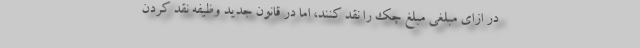
در ازای مبلغی مبلغ چک را نقد کنند، اما در قانون جدید وظیفه نقد کردن